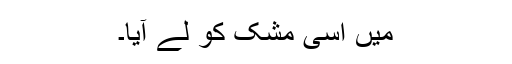
میں اسی مشک کو لے آیا۔